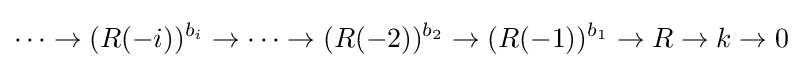
\cdots \rightarrow (R(-i))^{b_{i}}\rightarrow \cdots \rightarrow (R(-2))^{b_{2}}\rightarrow (R(-1))^{b_{1}}\rightarrow R\rightarrow k\rightarrow 0